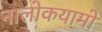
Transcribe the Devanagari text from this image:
नालोकयामो